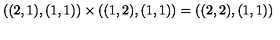
( ( 2 , 1 ) , ( 1 , 1 ) ) \times ( ( 1 , 2 ) , ( 1 , 1 ) ) = ( ( 2 , 2 ) , ( 1 , 1 ) )